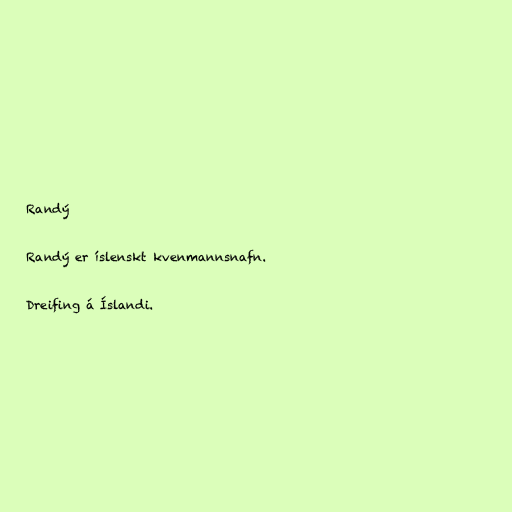
Randý

Randý er íslenskt kvenmannsnafn.

Dreifing á Íslandi.